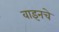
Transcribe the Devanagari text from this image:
वाइनचे